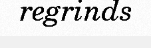
regrinds